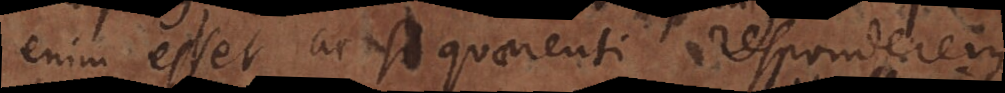
enim esset ac si quaerenti responderem